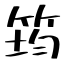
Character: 筠